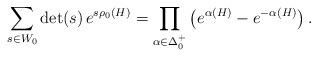
LaTeX: \begin{align*}\sum_{s\in W_0} \det (s)\,e^{s\rho_0 (H)}=\prod_{\alpha\in\Delta_0^+}\left(e^{\alpha (H)}-e^{-\alpha(H)}\right).\end{align*}